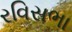
રવિસભા